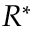
R ^ { * }